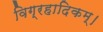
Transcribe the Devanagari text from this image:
विग्रहादिकम्।